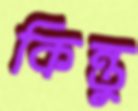
কিন্তু